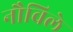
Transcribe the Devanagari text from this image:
नौविले